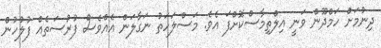
ދިނުމަށް ހަމްދޫން ވަނީ އިލްތިމާސްކޮށްފަ އެވެ. މަސްލަހަތު ނަގާލަން އެއްވެސް ފުރުސަތެއް ފުލުހުން